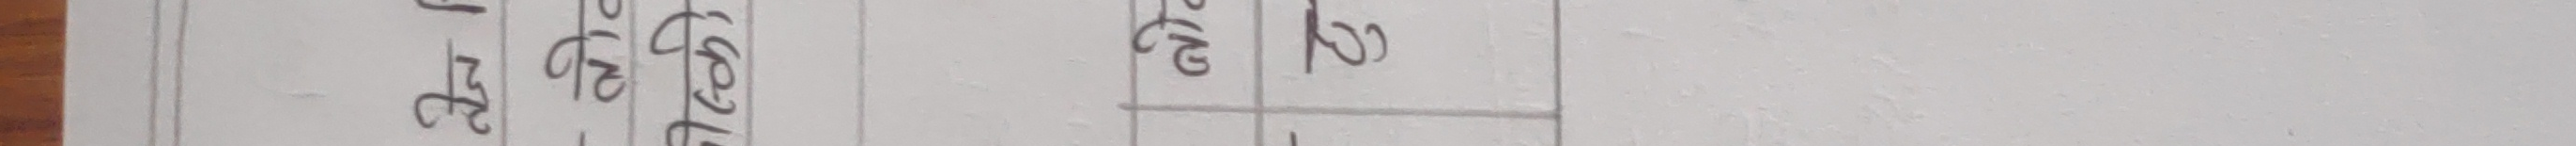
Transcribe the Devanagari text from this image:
१८ घे २
दु ग र
गा व ख